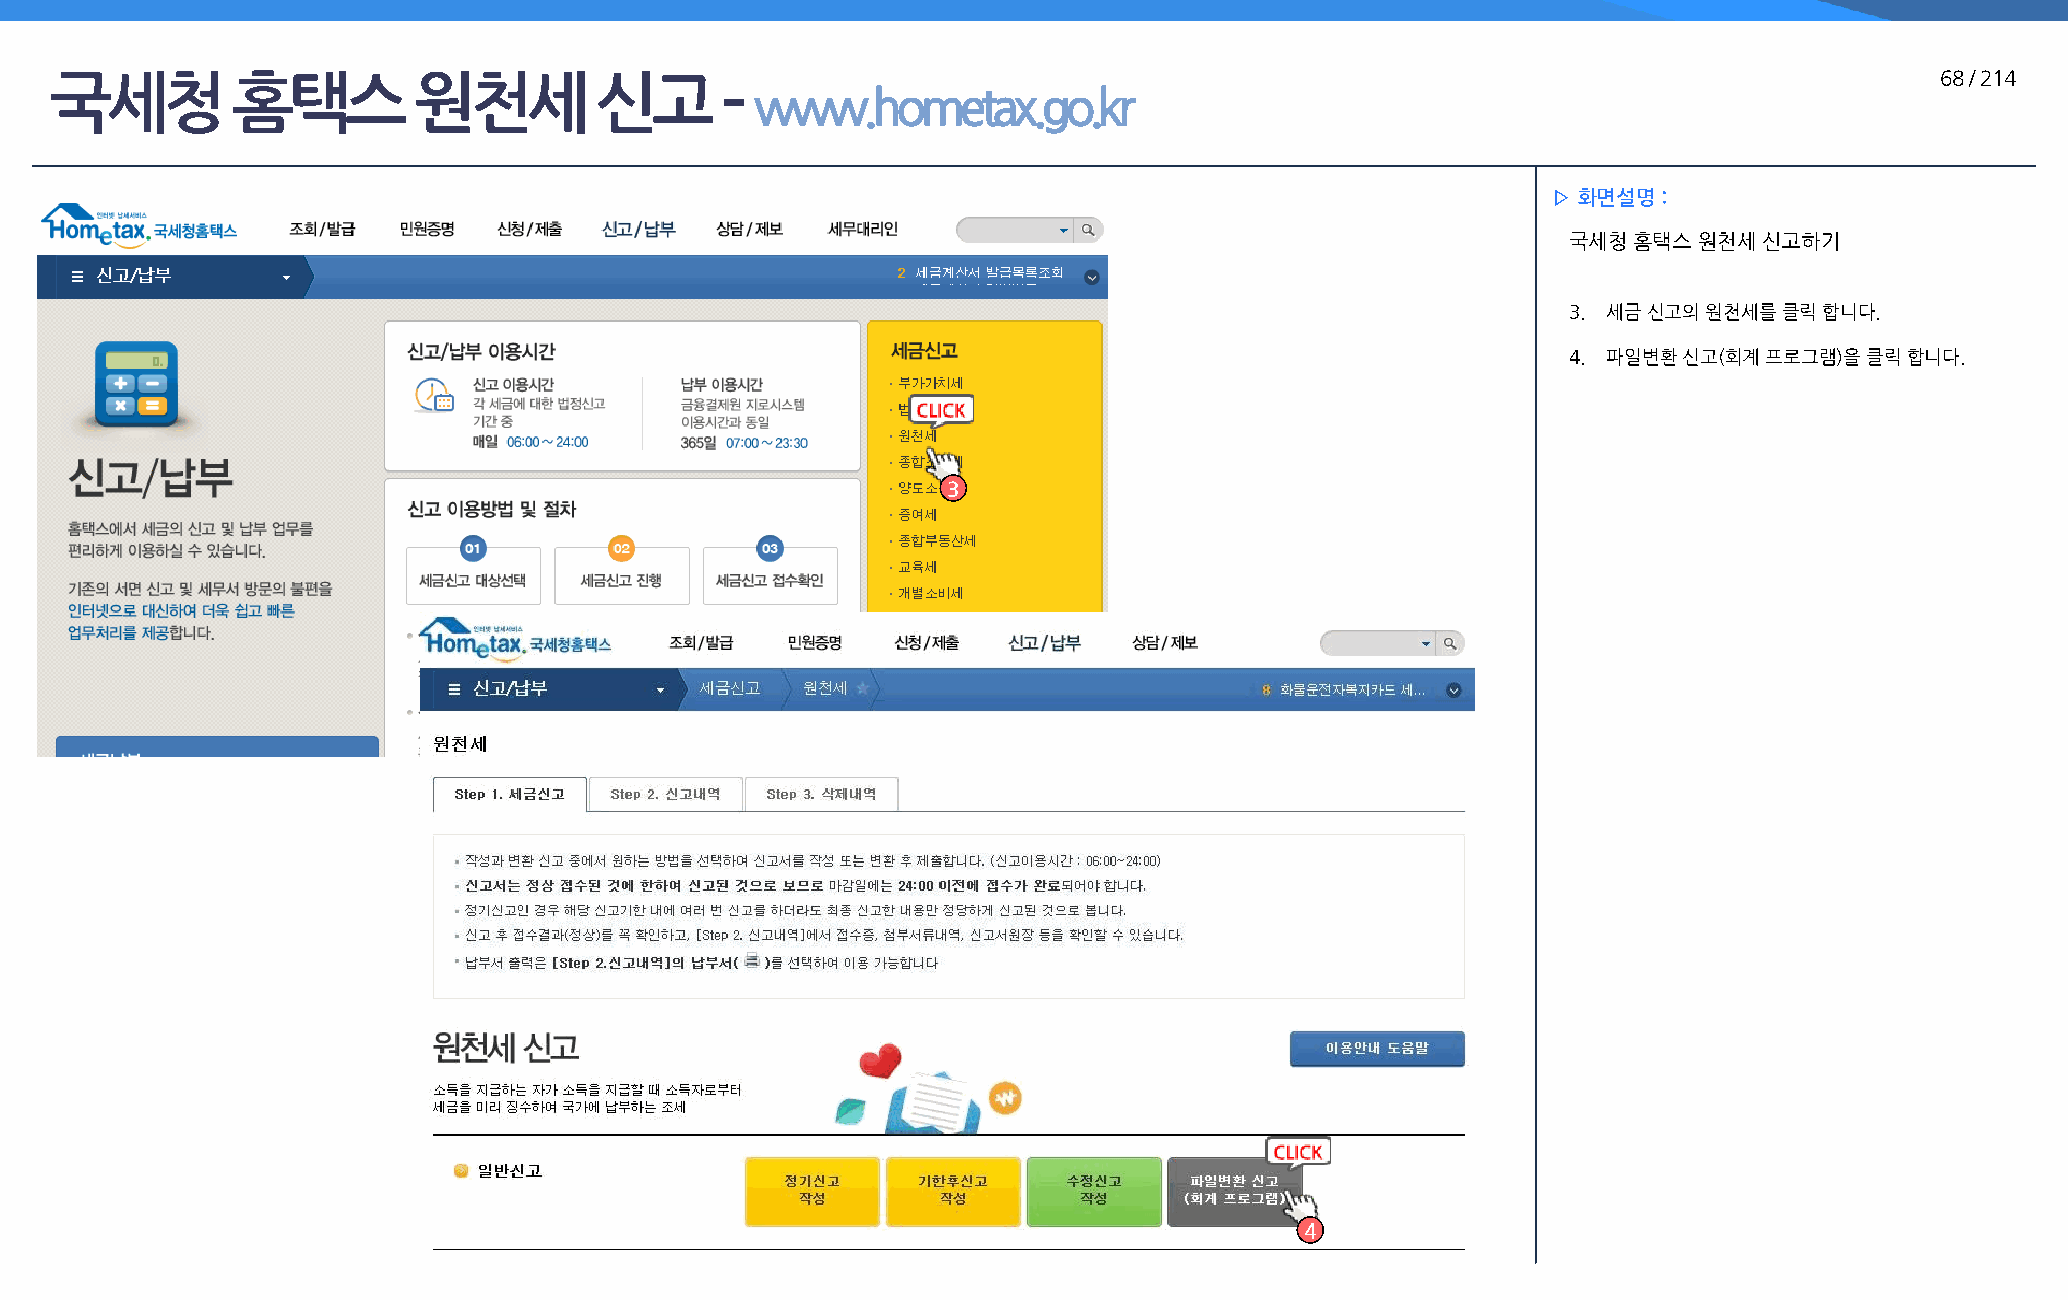
국세청         홈택스         원천세         신고       –                                                                               68 / 214
 www.hometax.go.kr
 ▷ 화면설명 :
 국세청 홈택스 원천세  신고하기
 3. 세금 신고의 원천세를 클릭 합니다.
 4. 파일변환 신고(회계 프로그램)을 클릭 합니다.
 3
 4